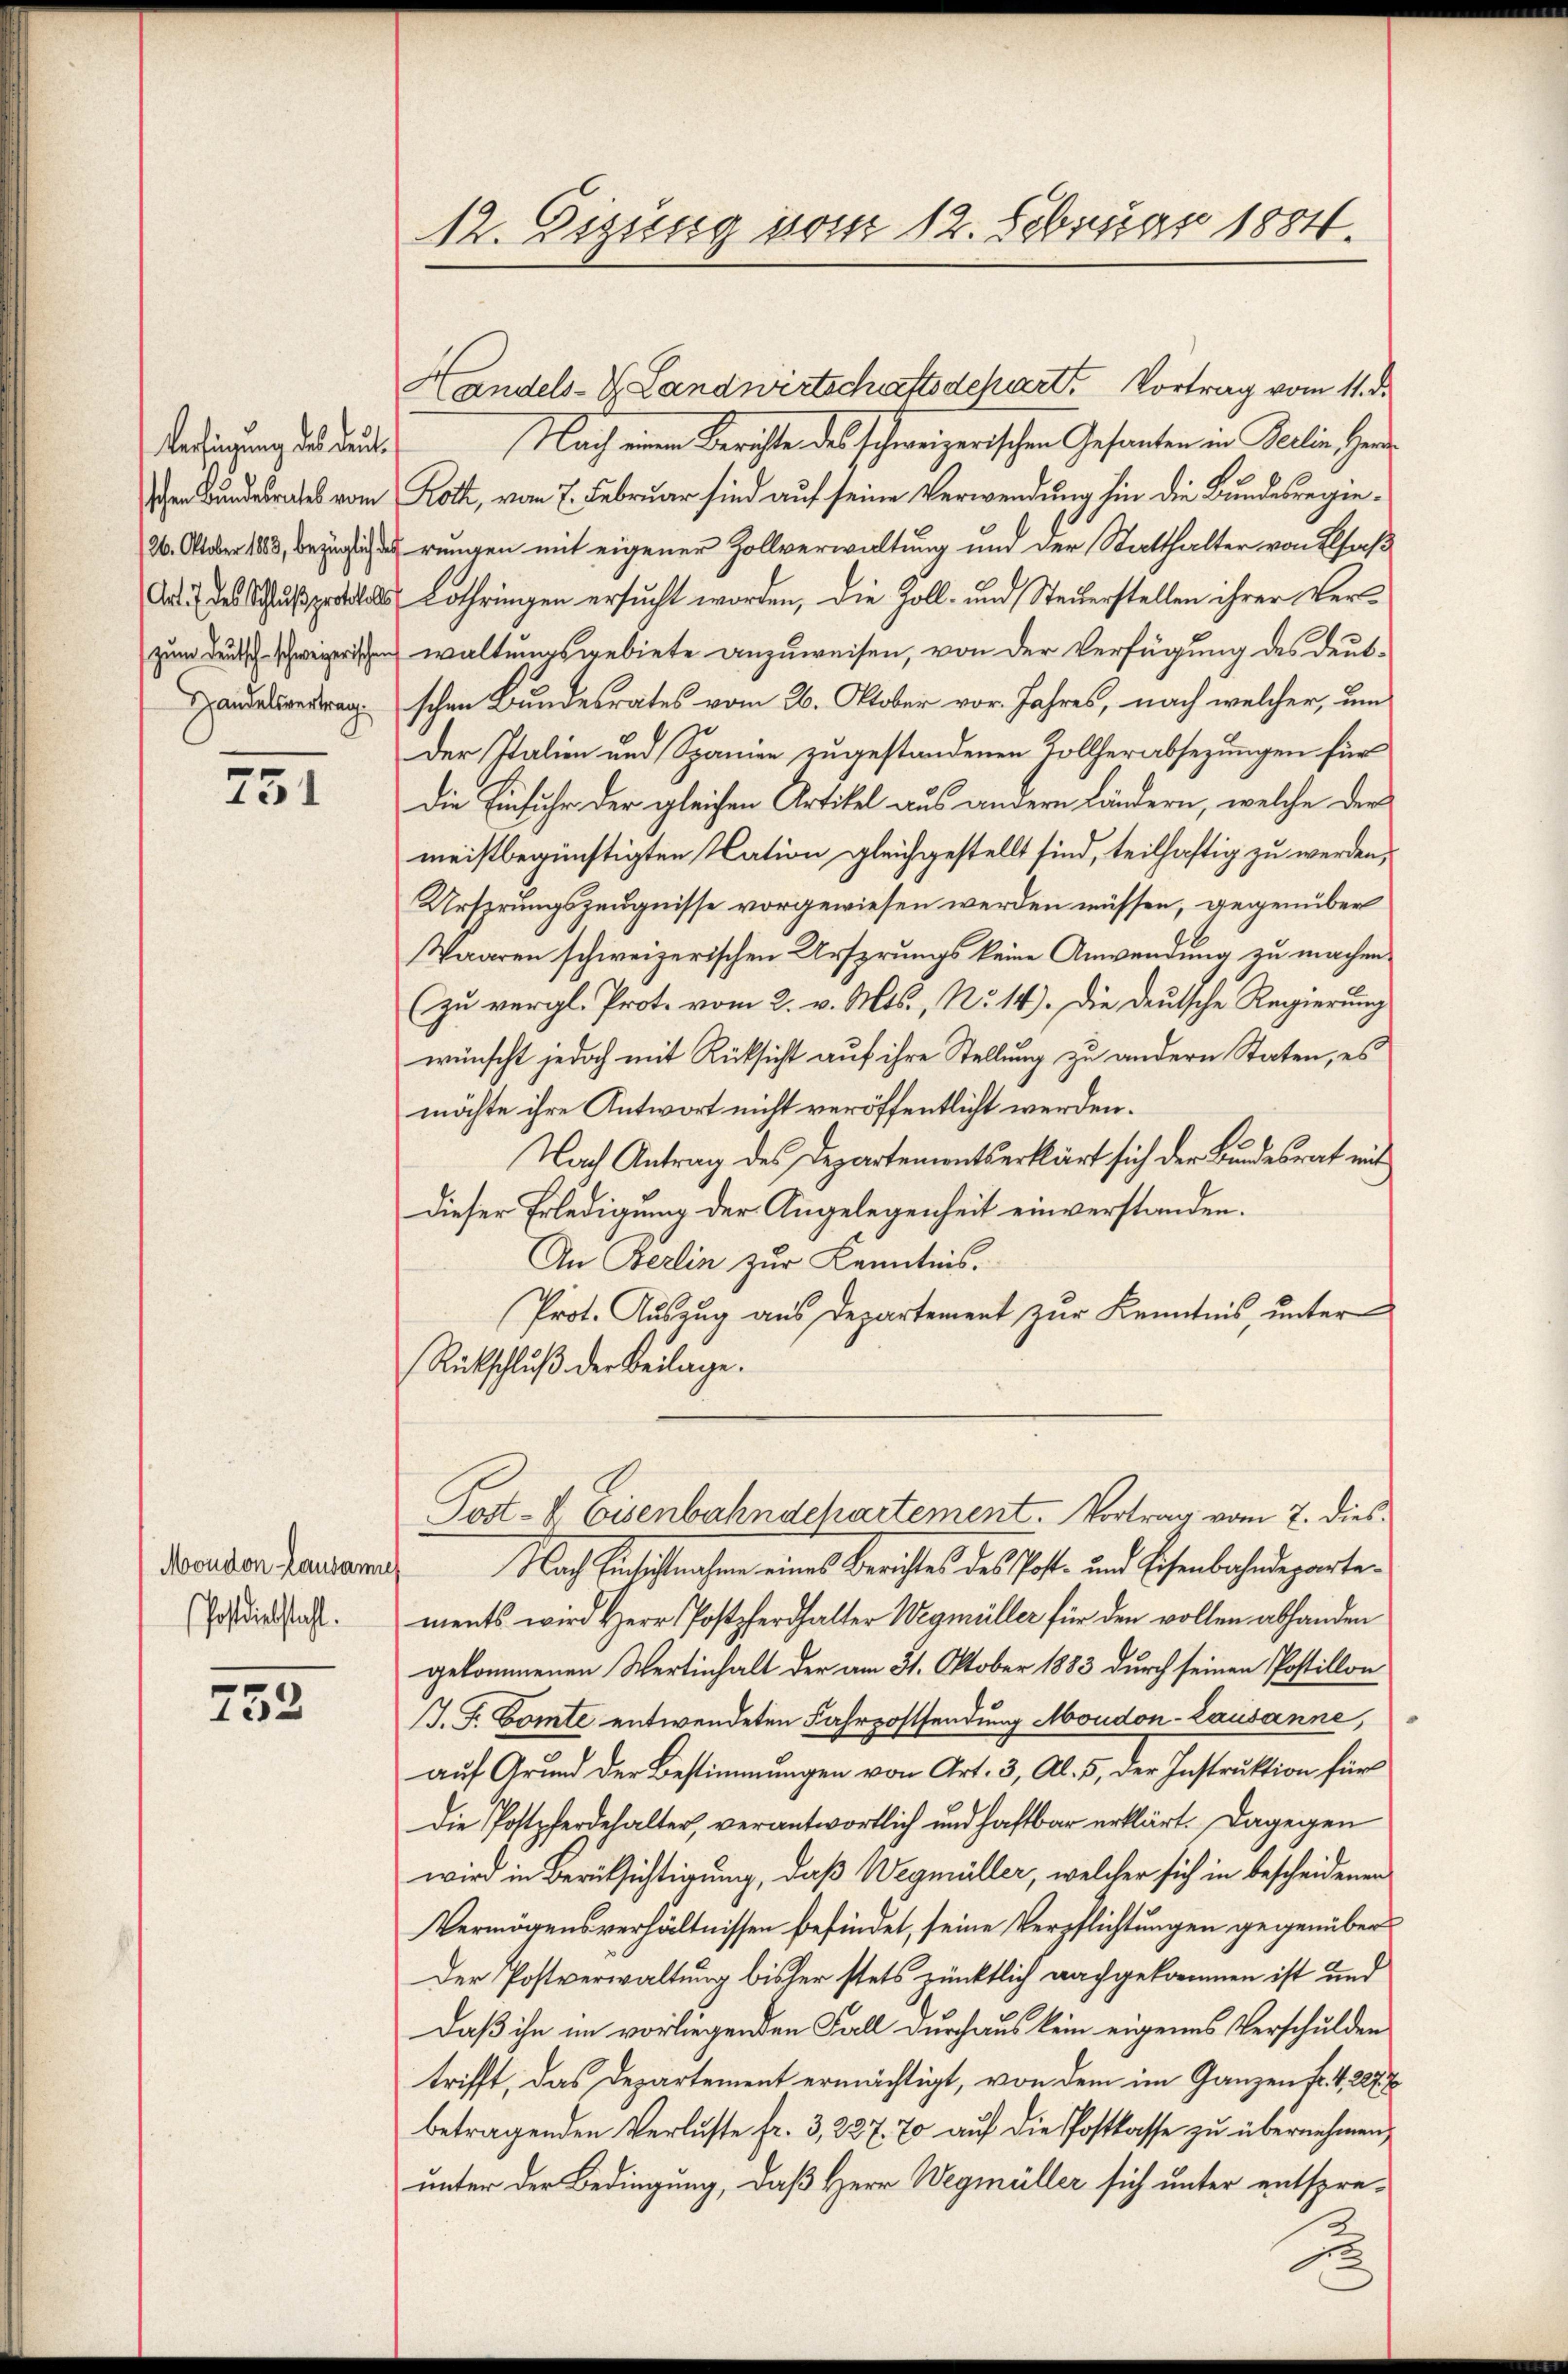
Verfügung des deut¬
(Art. 7 des Schluß protokolls
zum Deutsch schweizerischen
Handelsvertrag.

751

Moudon Lausann
(Postdiebstahl.

.
133

12. Eigung vom 12. Februar 1884.

Handels- & Landwirtschaftsdepart. Vortrag vom 11. d.
Nach einen Berichte des schweizerischen Gesanten in Berlin Herr
Der Bundesrates vom Roth, vom 7. Februar sind auf seine Verwendung hin die Bundesregie¬
26. Oktober 183, bezüglicherungen mit eigener Zollverwaltung und der Statthalter von Elsaß
Lothringen ersucht worden, die Zoll- und Steuerstellen ihrer Verwaltungsgebiete anzuweisen, von der Verfügung des deutschen Bundesrates vom 26. Oktober vor. Jahres, nach welcher, um
Der Italien und Spanien zugestandenen Tollherabsezungen für
die Einfuhr der gleichen Artikel aus andern Ländern, welche der
meistbegünstigten Nation gleichgestellt sind, teilhaftig zu werden,
Ursprungszeugnisse vorgewiesen werden müssen, gegenüber
Waaren schweizerischen Ursprungs keine Anwendung zu machen.
(zu vergl. Prot. vom 2. v. Mts., No. 14). Die deutsche Regierung
wünscht jedoch mit Rücksicht auf ihre Stellung zu andern Staten, es
möchte ihre Antwort nicht veröffentlicht werden.
Nach Antrag des Departementserklärt sich der Bundesrat mit
dieser Erledigung der Angelegenheit einverstanden.
An Berlin zur Kenntnis.
Prot. Aŭszŭg aŭs Departement zŭr Kenntnis, unter
Rückschluß der Beilage.
Post-V. Eisenbahndchartement. Vortrag vom 7. dies
Nach Einsichtnahmen eines Berichtes des Post- und Eisenbahndeparten
ments wird Herr Postpferhalter Wegmüller für den vollen abhanden
gekommenen Wertinhalt der am 31. Oktober 1883 durch seinen Postillon
J. F. Comte entwendeten Fahrpostsendung Moudon-Lausanne,
auf Grund der Bestimmungen von Art. 3, Al. 5, der Instruktion für
Die Postpferdehalter, verantwortlich und haftbar erklärt. Dagegen
wird in Berücksichtigung, daß Wegmüller, welcher sich in bescheidenen
Vermögensverhältnissen befindet, seine Verpflichtungen gegenüber¬
Der Postverwaltung bisher stets pünktlich nachgekommen ist und
Daß ihn im vorliegenden Fall durchaus kein eigenes Verschulden
trifft, das Departement ermächtigt, von dem im Ganzen fr. 4. 227. 7
betragenden Verluste fr. 3, 227. 70 auf die Postkasse zu übernehmen,
unter der Bedingung, daß Herr Wegmüller sich unter entspre¬